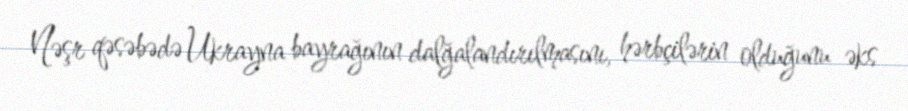
Nəşr qəsəbədə Ukrayna bayrağının dalğalandırılmasını, hərbçilərin olduğunu əks